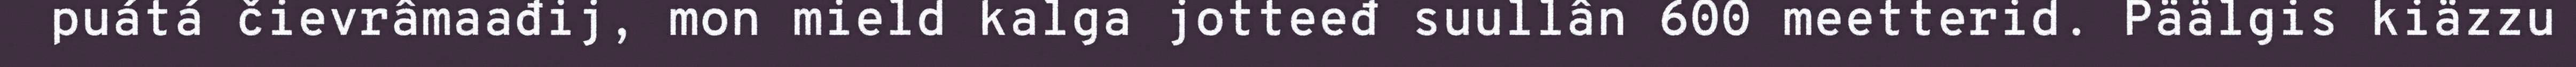
puátá čievrâmaađij, mon mield kalga jotteeđ suullân 600 meetterid. Päälgis kiäzzu